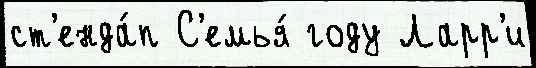
ст'енда́п С'емья́ году Ларр'и